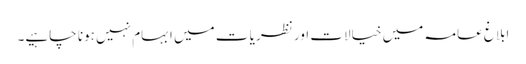
ابلاغ عامہ میں خیالات اور نظریا ت میں ابہام نہیں ہونا چاہیے۔